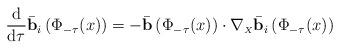
LaTeX: \begin{align*}\frac{\rm d}{{\rm d}\tau}\bar{\bf b}_i\left(\Phi_{-\tau}(x)\right)= - \bar{\bf b}\left(\Phi_{-\tau}(x)\right)\cdot\nabla_{\scriptscriptstyle X} \bar{\bf b}_i\left(\Phi_{-\tau}(x)\right)\end{align*}